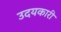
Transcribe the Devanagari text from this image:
उदयकारी